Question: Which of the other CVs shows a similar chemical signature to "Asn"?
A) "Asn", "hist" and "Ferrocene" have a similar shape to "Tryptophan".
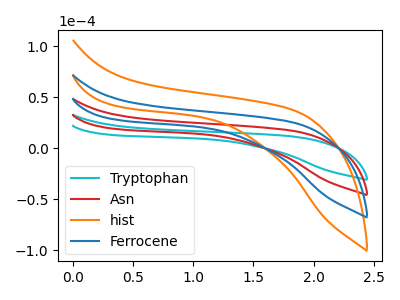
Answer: <think>The cyan curve "Tryptophan" has no peaks. The red curve "Asn" has no peaks. The orange curve "hist" has no peaks. The blue curve "Ferrocene" has no peaks.
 Neither "Tryptophan" or "Asn" have any peaks. Neither "Tryptophan" or "hist" have any peaks. Neither "Tryptophan" or "Ferrocene" have any peaks. Neither "Asn" or "hist" have any peaks. Neither "Asn" or "Ferrocene" have any peaks. Neither "hist" or "Ferrocene" have any peaks.</think>
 <answer>A) "Asn", "hist" and "Ferrocene" have a similar shape to "Tryptophan".</answer>
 <eval>A</eval>